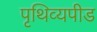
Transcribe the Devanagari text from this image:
पृथिव्यपीड